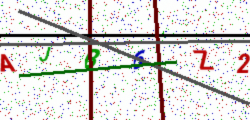
Text: AJB6Z2